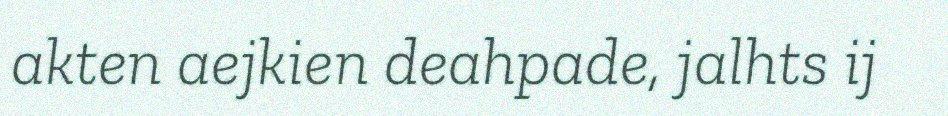
akten aejkien deahpade, jalhts ij